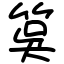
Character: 筽